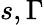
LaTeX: s,\Gamma